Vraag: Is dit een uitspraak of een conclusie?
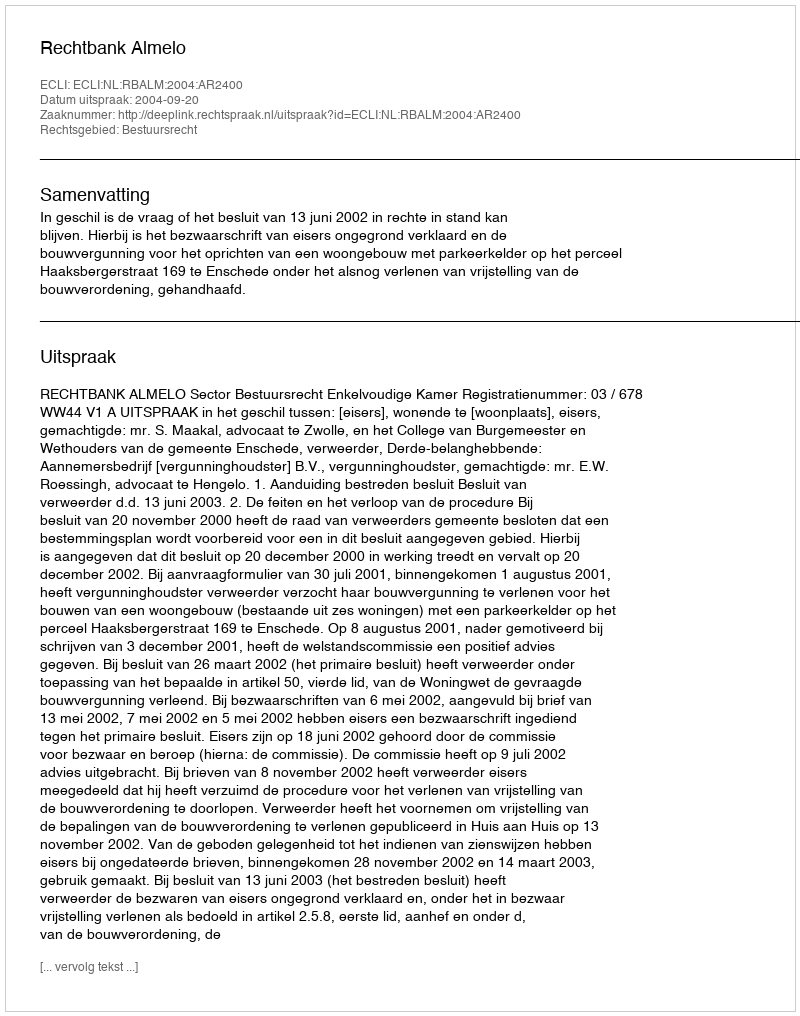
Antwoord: Uitspraak